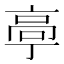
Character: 𱅴